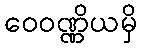
ဝေဝဏ္ဏိယမှိ